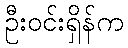
ဦးဝင်းရှိန်က